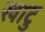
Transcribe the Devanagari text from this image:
खाटु